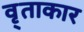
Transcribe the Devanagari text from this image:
वृ्ताकार